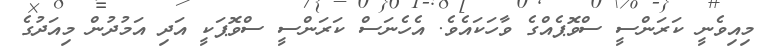
މިއިވެނީ ކަރަންސީ ސްވޮޕެއްގެ ވާހަކައެވެ. އެހެނަސް ކަރަންސީ ސްވޮޕަކީ އަދި އަމުދުން މިއަދުގެ